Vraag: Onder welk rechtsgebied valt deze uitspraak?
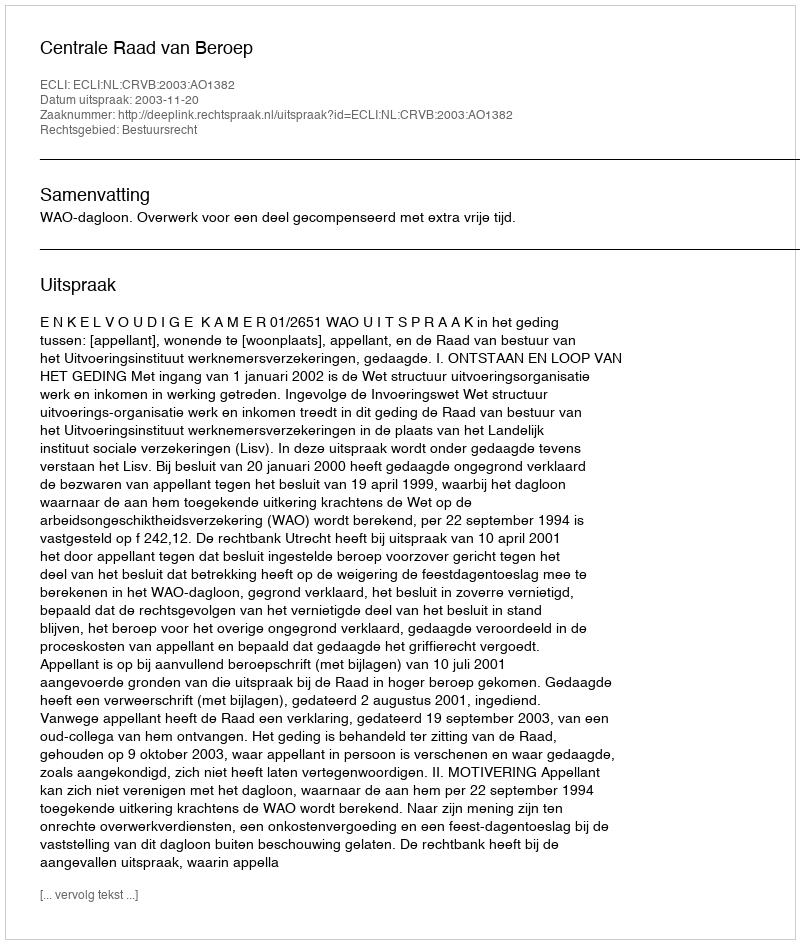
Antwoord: Bestuursrecht